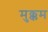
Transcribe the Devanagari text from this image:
मुक्कम